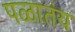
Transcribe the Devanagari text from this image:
पळातंय